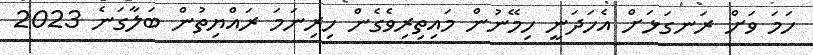
ހަމަ ވަަށް ރަނގަޅަށް އެހަދަނީ ހިމޭނުން މައިތިރިވެގެން ހިރިނަމަ ރައްޔިތުން ބަލާގަނެ 2023